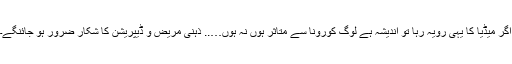
اگر میڈیا کا یہی رویہ رہا تو اندیشہ ہے لوگ کورونا سے متاثر ہوں نہ ہوں….. ذہنی مریض و ڈیپریشن کا شکار ضرور ہو جائنگے۔